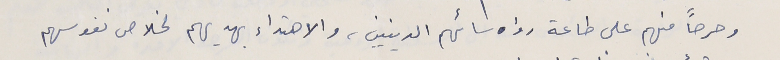
وحرحصاً منهم على طاعة رؤسائهم الدينيين، والاهتداء بهديهم لخلاص نفوسهم